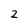
Character: 2